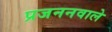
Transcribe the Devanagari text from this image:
प्रजननवाले